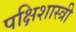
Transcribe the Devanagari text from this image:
पक्षिशास्त्री